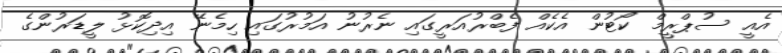
އެއީ ސުޕްރީމް ކޯޓުން އެކެއް ފެބްރުއަރީގައި ނެރުނު އަމުރުގައި ހިމެނޭ އިދިކޮޅު ލީޑަރުންގެ